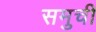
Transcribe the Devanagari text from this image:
समुची